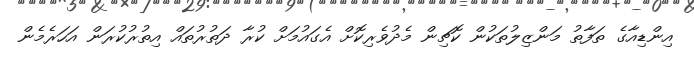
އިންޑިއާގެ ތަފާތު މަންޒިލުތަކުން ކޮޗިން މެދުވެރިކޮށް އެގައުމަށް ކުރާ ދަތުރުތައް އިތުރުކުރަން އަހަރެމެން